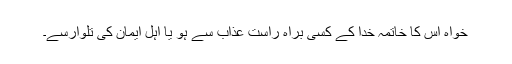
خواہ اس کا خاتمہ خدا کے کسی براہ راست عذاب سے ہو یا اہل ایمان کی تلوارسے۔